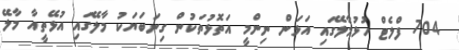
704 ފްލެޓް ހުޅުމާލޭގައި އަޅަން ނިންމީ އަތޮޅުތަކުން ގިނަބަޔަކު މާލޭގައި އުޅޭތީއާ މާލޭ